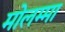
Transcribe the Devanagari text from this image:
मोलम्मा